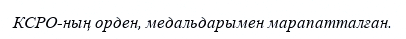
КСРО-ның орден, медальдарымен марапатталған.